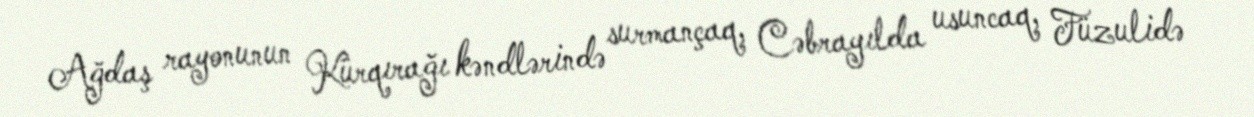
Ağdaş rayonunun Kürqırağı kəndlərində surmançaq, Cəbrayılda usuncaq, Füzulidə